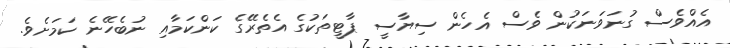
އެއްވެސް ގުނަވަނަކުން ވެސް އެހެން ސިޔާސީ ޕާޓީތަކުގެ އެތެރޭގެ ކަންކަމާއި ނުބެހޭނެ ކަމަށެވެ.